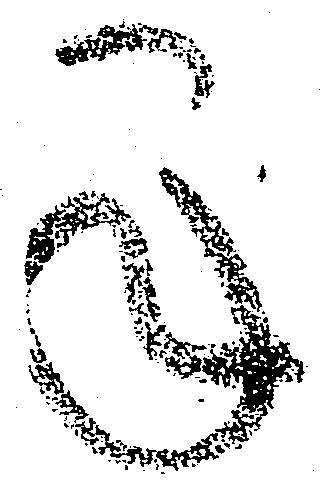
承